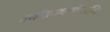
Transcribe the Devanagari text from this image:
वर्णाश्रमधर्मावलम्वि